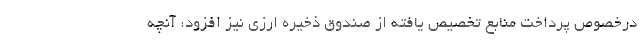
درخصوص پرداخت منابع تخصیص یافته از صندوق ذخیره ارزی نیز افزود: آنچه